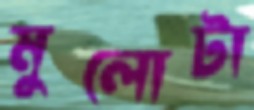
মুলোটা